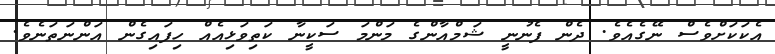
އެކަކަށްވެސް ނޭގެއެވެ. ދެން ފެނުނީ ޝަމްއާންގެ މަންމަ ސަކީނާ ކަތިވަޅިއެއް ހިފައިގެން އަންނަތަނެވެ.